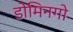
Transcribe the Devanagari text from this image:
डोमिनगो